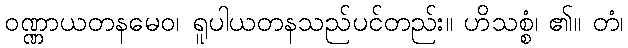
ဝဏ္ဏာယတနမေဝ၊ ရူပါယတနသည်ပင်တည်း။ ဟိသစ္စံ၊ ၏။ တံ၊